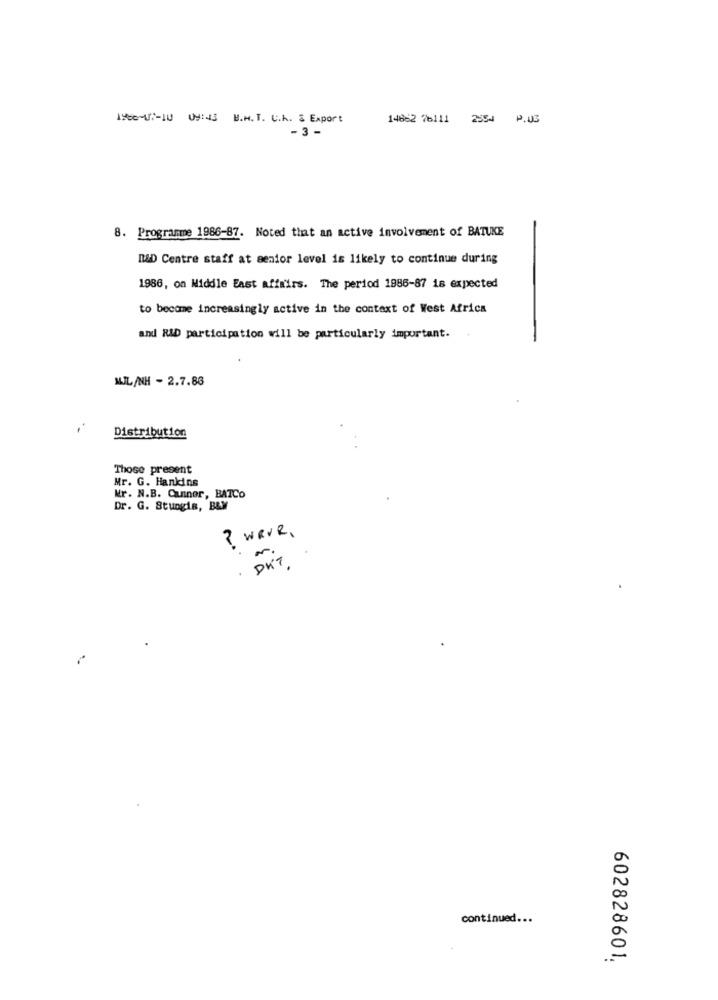
ISse-V :- 10 09:43 B.M. T. U.h. & Export
14662 76111 2554 P.03
-3 -
8. Programme 1986-87. Noted that an active involvement of BATUKE
R&D Centre staff at senior level is likely to continue during
1986, on Middle East affairs. The period 1886-87 is expected
to become increasingly active in the context of West Africa
and RID participation will be particularly important.
MIL /NH - 2.7.86
Distribution
Those present
Mr. G. Hankins
Kr. N.B. Cunnor, BATCO
Dr. G. Stungis, B&M
? WRVR,
m.
. DK7
continued ...
602828601.